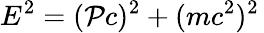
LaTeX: E^{2}=(\mathcal{P}c)^{2}+(mc^{2})^{2}\,